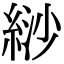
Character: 𦀛